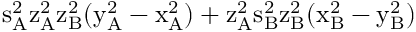
\mathrm { s _ { A } ^ { 2 } \mathrm { z _ { A } ^ { 2 } \mathrm { z _ { B } ^ { 2 } ( \mathrm { y _ { A } ^ { 2 } - \mathrm { x _ { A } ^ { 2 } ) + \mathrm { z _ { A } ^ { 2 } \mathrm { s _ { B } ^ { 2 } \mathrm { z _ { B } ^ { 2 } ( \mathrm { x _ { B } ^ { 2 } - \mathrm { y _ { B } ^ { 2 } ) } } } } } } } } } }